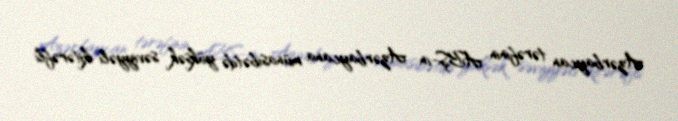
Azərbaycan tərəfinin ABŞ-ın Azərbaycana münasibətdə yüksək səviyyəli ikitərəfli